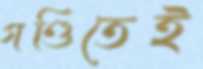
গণ্ডিতেই